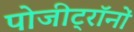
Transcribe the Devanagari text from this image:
पोजीट्रॉनों